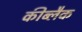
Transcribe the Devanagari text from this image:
कीब्लैक